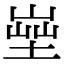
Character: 𡎨